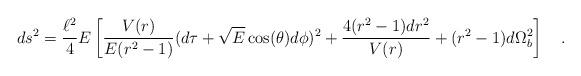
LaTeX: \begin{align*}ds^2= \frac{\ell^2}{4}E\left[\frac{V(r)}{E(r^2-1)}(d\tau+ \sqrt{E}\cos(\theta)d\phi)^2 + \frac{4(r^2-1) dr^2}{V(r)} + (r^2-1)d\Omega_b^2\right] \quad .\end{align*}